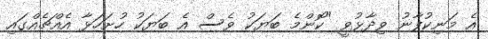
އެ މަނިކުފާނު ވިދާޅުވީ "ކޮންމެ ބަޔަކު ވެސް އެ ބަޔަކު ހުށަހަޅާ އެއްޗެއްގައި